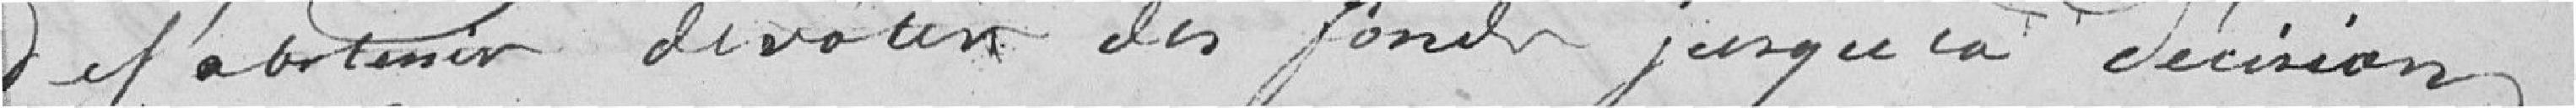
de s'abstenir de voter des fonds jusque la décision